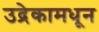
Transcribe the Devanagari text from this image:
उद्रेकामधून